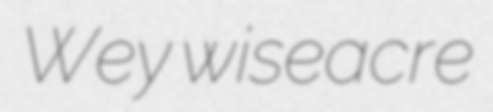
Wey wiseacre